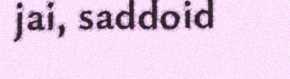
jai, saddoid